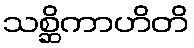
သစ္ဆိကာဟိတိ